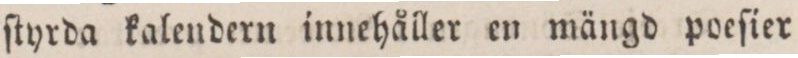
ſtyrda kalendern innehåller en mängd poeſier